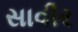
સાવીર